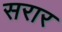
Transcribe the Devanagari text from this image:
सरार